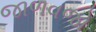
જાળવજો